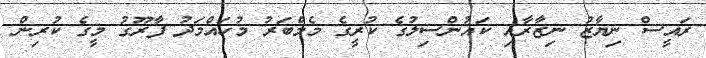
ރައީސް ނިޔާޒު ނިޒާރާއި ކައުންސިލުގެ ކުރީގެ މެމްބަރު މުހައްމަދު ފާރޫގު މީގެ ކުރިން